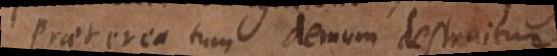
Praeterea tum demum destruitur